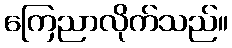
ကြေညာလိုက်သည်။